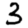
Digit: 3